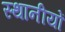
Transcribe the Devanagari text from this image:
स्थानीयों